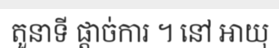
តួនាទី ផ្តាច់ការ ។ នៅ អាយុ